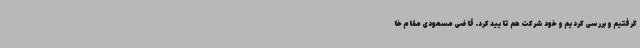
گرفتیم و بررسی کردیم و خود شرکت هم تایید کرد. قاضی مسعودی مقام خا